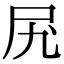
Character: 𫝲